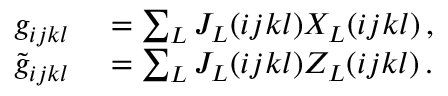
\begin{array} { r l } { g _ { i j k l } } & { { } = \sum _ { L } J _ { L } ( i j k l ) X _ { L } ( i j k l ) \, , } \\ { \tilde { g } _ { i j k l } } & { { } = \sum _ { L } J _ { L } ( i j k l ) Z _ { L } ( i j k l ) \, . } \end{array}